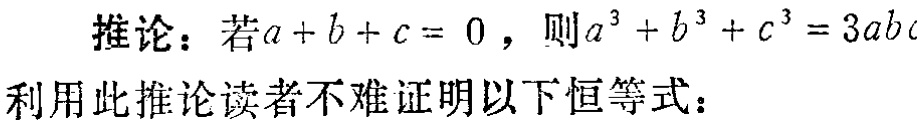
推论：若\(a + b + c = 0\)，则\(a^{3} + b^{3} + c^{3} = 3abc\)

利用此推论读者不难证明以下恒等式：